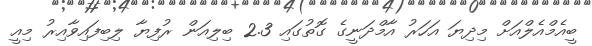
ބީއެމްއެލްއަށް މިދިޔަ އަހަރު އާމްދަނީގެ ގޮތުގައި 2.3 ބިލިއަން ރުފިޔާ ލިބިފައިވާއިރު މިއީ